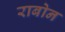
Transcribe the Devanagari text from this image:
राबोन